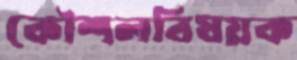
কৌশলবিষয়ক